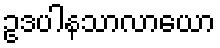
ဥဒပါနသာလာယော